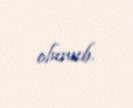
olunub.